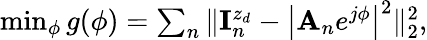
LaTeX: \begin{array}{r}{\operatorname*{min}_{\phi}g(\phi)=\sum_{n}\| {\mathbf{I}}_{n}^{z_{d}}-\left|{{\mathbf A}_{n}}e^{j\phi}\right|^{2}\| _{2}^{2},}\end{array}